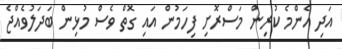
އަދި އެންމެ ކުރިން މަސްރޮށި ފިހަމުން އައި ގޮތް ވެސް މުޅިން ބަދަލުވެއްޖެ